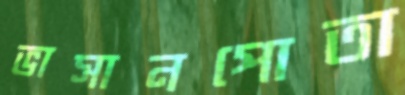
ভাসানপোতা